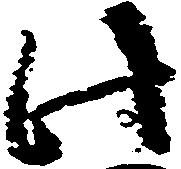
此